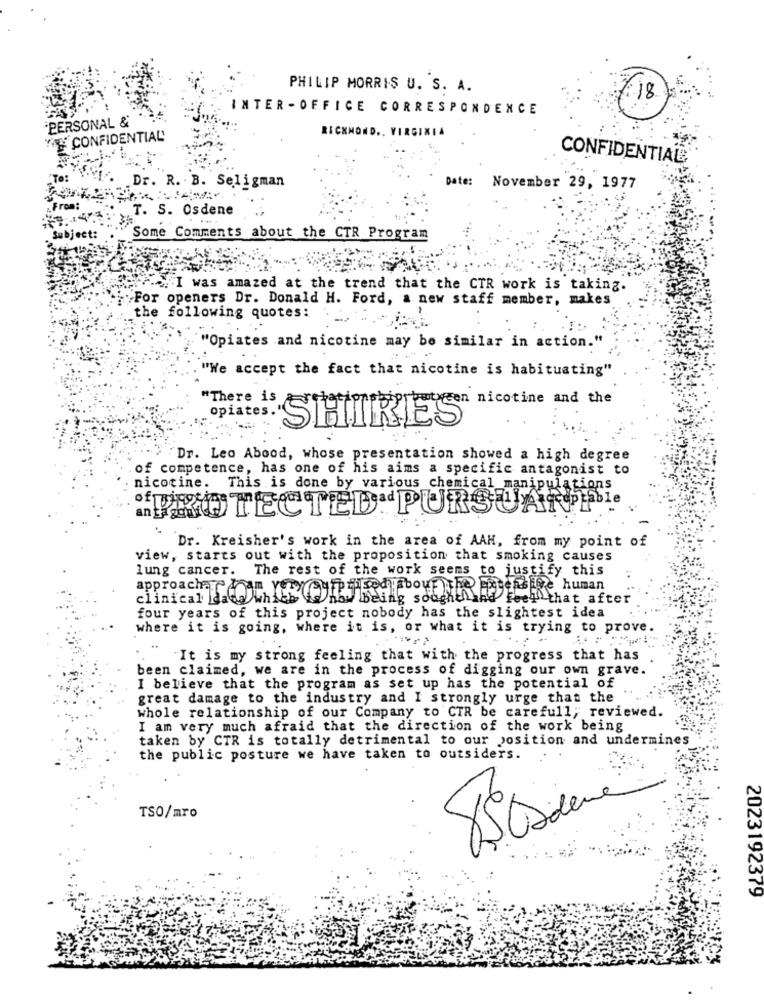
PHILIP MORRIS U. S. A.
:18
INTER - OFFICE CORRESPONDENCE
"PERSONAL &
RICHMOND .. VIRGINIA
CONFIDENTIAL
CONFIDENTIAL
"Ta:
Dr. R. B. Seligman
Date: November 29, 1977
From
T. S. Osdene
bject:
Some Comments about the CTR Program
, I was amazed at the trend that the CTR work is taking.
For openers Dr. Donald H. Ford, a new staff member, makes
the following quotes:
"Opiates and nicotine may be similar in action."
"We accept the fact that nicotine is habituating"
"There is
opiates.
resten nicotine and the
SHIRES
Dr. Leo Abood, whose presentation showed a high degree
of competence, has one of his aims a specific antagonist to
nicotine.
This is done by various chemical_manipulations
fix TESTED PURSUANTle
Dr. Kreisher's work in the area of AAH, from my point of
view, starts out with the proposition that smoking causes
lung cancer. The rest of the work seems to justify this
approachar I am very Surprised about the Extensive human
clinical data which te how being sought and feel that after
four years of this project nobody has the slightest idea
where it is going, where it is, or what it is trying to prove.
"It is my strong feeling that with the progress that has
been claimed, we are in the process of digging our own grave.
I believe that the program as set up has the potential of
great damage to the industry and I strongly urge that the
whole relationship of our Company to CTR be carefull; reviewed.
I am very much afraid that the direction of the work being
taken by CTR is totally detrimental to our position and undermines
the public posture we have taken to outsiders.
TSO/mro
2023192379